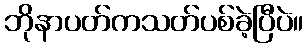
ဘိုနာပတ်ကသတ်ပစ်ခဲ့ပြီပဲ။